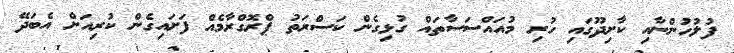
ފުލުހުންނާއި ކާށިދޫގައި ހުރި މުއައްސަސާތައް ގުޅިގެން ކަސްރަތު ޕްރޮގްރާމެއް ފަށައިގެން ކުރިއަށް އެބަދޭ